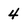
Character: 4